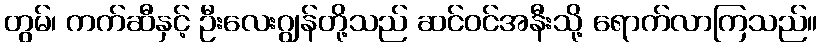
တွမ်၊ ကက်ဆီနှင့် ဦးလေးဂျွန်တို့သည် ဆင်ဝင်အနီးသို့ ရောက်လာကြသည်။